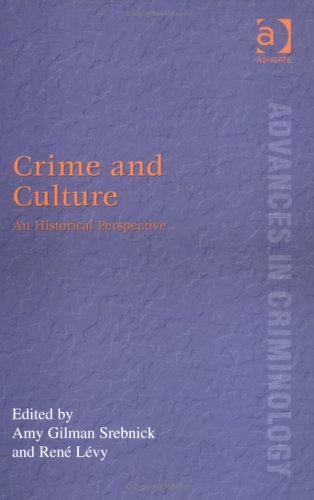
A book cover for Crime And Culture: An Historical Perspective (Advances in Criminology); Law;